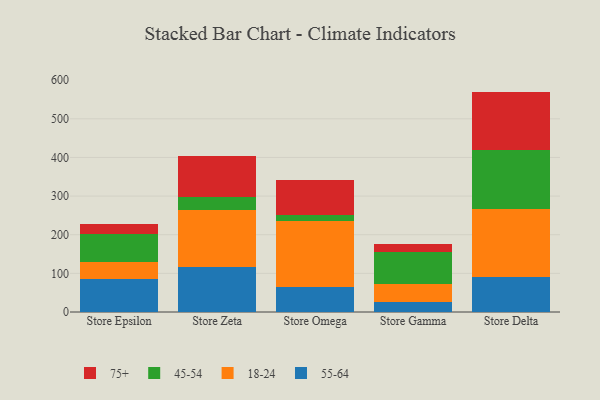
{"axis": {"x": "Store", "y": "Website Visitors"}, "legend": ["18-24", "45-54", "55-64", "75+"], "data": [{"x": "Store Epsilon", "y": 85.2, "type": "55-64"}, {"x": "Store Epsilon", "y": 45.0, "type": "18-24"}, {"x": "Store Epsilon", "y": 72.7, "type": "45-54"}, {"x": "Store Epsilon", "y": 25.8, "type": "75+"}, {"x": "Store Zeta", "y": 117.0, "type": "55-64"}, {"x": "Store Zeta", "y": 147.5, "type": "18-24"}, {"x": "Store Zeta", "y": 32.9, "type": "45-54"}, {"x": "Store Zeta", "y": 107.6, "type": "75+"}, {"x": "Store Omega", "y": 65.1, "type": "55-64"}, {"x": "Store Omega", "y": 170.0, "type": "18-24"}, {"x": "Store Omega", "y": 16.6, "type": "45-54"}, {"x": "Store Omega", "y": 89.4, "type": "75+"}, {"x": "Store Gamma", "y": 27.0, "type": "55-64"}, {"x": "Store Gamma", "y": 45.0, "type": "18-24"}, {"x": "Store Gamma", "y": 84.4, "type": "45-54"}, {"x": "Store Gamma", "y": 18.9, "type": "75+"}, {"x": "Store Delta", "y": 89.5, "type": "55-64"}, {"x": "Store Delta", "y": 176.1, "type": "18-24"}, {"x": "Store Delta", "y": 153.1, "type": "45-54"}, {"x": "Store Delta", "y": 151.7, "type": "75+"}]}